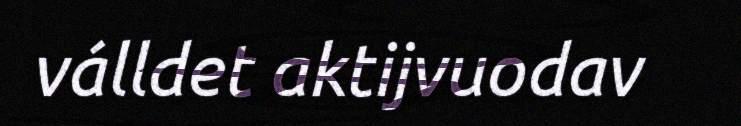
válldet aktijvuodav